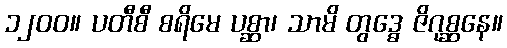
၁၂၀၀။ ပတီစီ စရိမေ ပစ္ဆာ၊ သာမိ တွဒ္ဓေ ဇိဂုစ္ဆနေ။